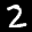
Label: 2